Report on lock hospitals in British Burma
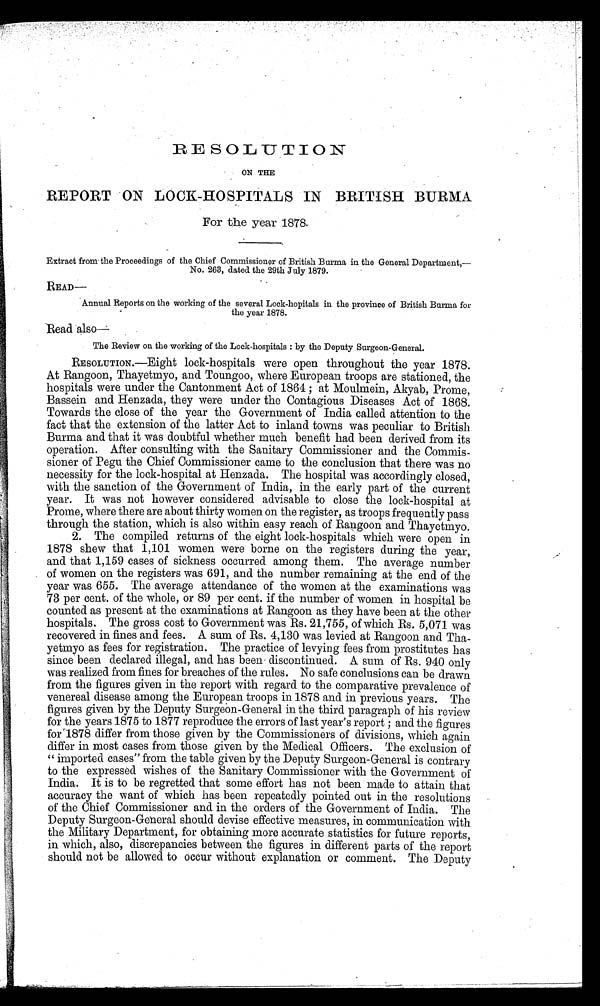
RESOLUTION.
ON THE
REPORT ON LOCK-HOSPITALS IN BRITISH BURMA
For the year 1878.
Extract from the Proceedings of the Chief Commissioner of British Burma in the General Department,—
No. 263, dated the 29th July 1879.
READ—
Annual Reports on the working of the several Lock-hopitals in the province of British Burma for
the year 1878.
Read also—
The Review on the working of the Lock-hospitals : by the Deputy Surgeon-General.
RESOLUTION.—Eight lock-hospitals were open throughout the year 1878.
At Rangoon, Thayetmyo, and Toungoo, where European troops are stationed, the
hospitals were under the Cantonment Act of 1864 ; at Moulmein, Akyab, Prome,
Bassein and Henzada, they were under the Contagious Diseases Act of 1868.
Towards the close of the year the Government of India called attention to the
fact that the extension of the latter Act to inland towns was peculiar to British
Burma and that it was doubtful whether much benefit had been derived from its
operation. After consulting with the Sanitary Commissioner and the Commis-
sioner of Pegu the Chief Commissioner came to the conclusion that there was no
necessity for the lock-hospital at Henzada. The hospital was accordingly closed,
with the sanction of the Government of India, in the early part of the current
year. It was not however considered advisable to close the lock-hospital at
Prome, where there are about thirty women on the register, as troops frequently pass
through the station, which is also within easy reach of Rangoon and Thayetmyo.
2. The compiled returns of the eight lock-hospitals which were open in
1878 shew that 1,101 women were borne on the registers during the year,
and that 1,159 cases of sickness occurred among them. The average number
of women on the registers was 691, and the number remaining at the end of the
year was 655. The average attendance of the women at the examinations was
73 per cent. of the whole, or 89 per cent. if the number of women in hospital be
counted as present at the examinations at Rangoon as they have been at the other
hospitals. The gross cost to Government was Rs. 21,755, of which Rs. 5,071 was
recovered in fines and fees. A sum of Rs. 4,130 was levied at Rangoon and Tha-
yetmyo as fees for registration. The practice of levying fees from prostitutes has
since been declared illegal, and has been discontinued. A sum of Rs. 940 only
was realized from fines for breaches of the rules. No safe conclusions can be drawn
from the figures given in the report with regard to the comparative prevalence of
venereal disease among the European troops in 1878 and in previous years. The
figures given by the Deputy Surgeon-General in the third paragraph of his review
for the years 1875 to 1877 reproduce the errors of last year's report ; and the figures
for 1878 differ from those given by the Commissioners of divisions, which again
differ in most cases from those given by the Medical Officers. The exclusion of
" imported cases" from the table given by the Deputy Surgeon-General is contrary
to the expressed wishes of the Sanitary Commissioner with the Government of
India. It is to be regretted that some effort has not been made to attain that
accuracy the want of which has been repeatedly pointed out in the resolutions
of the Chief Commissioner and in the orders of the Government of India. The
Deputy Surgeon-General should devise effective measures, in communication with
the Military Department, for obtaining more accurate statistics for future reports,
in which, also, discrepancies between the figures in different parts of the report
should not be allowed to occur without explanation or comment. The Deputy